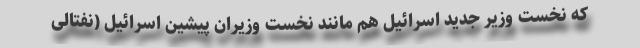
که نخست وزیر جدید اسرائیل هم مانند نخست وزیران پیشین اسرائیل (نفتالی